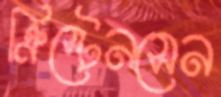
ক্রিস্টেনসেন